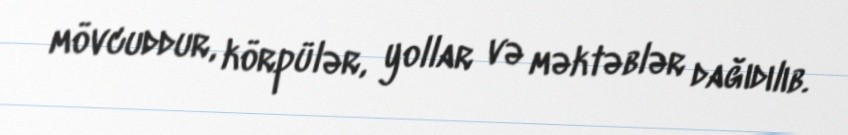
mövcuddur, körpülər, yollar və məktəblər dağıdılıb.